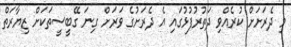
މި ދެރަށަށް ކުރެއްވި ދަތުރުފުޅުގައި އެ ދެރަށުގެ ވަރަށް ގިނަ ގޭބީސީތަކަށް ޒިޔާރަތް